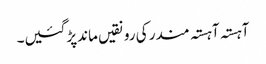
آہستہ آہستہ مندر کی رونقیں ماندپڑگئیں۔